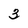
Character: 3